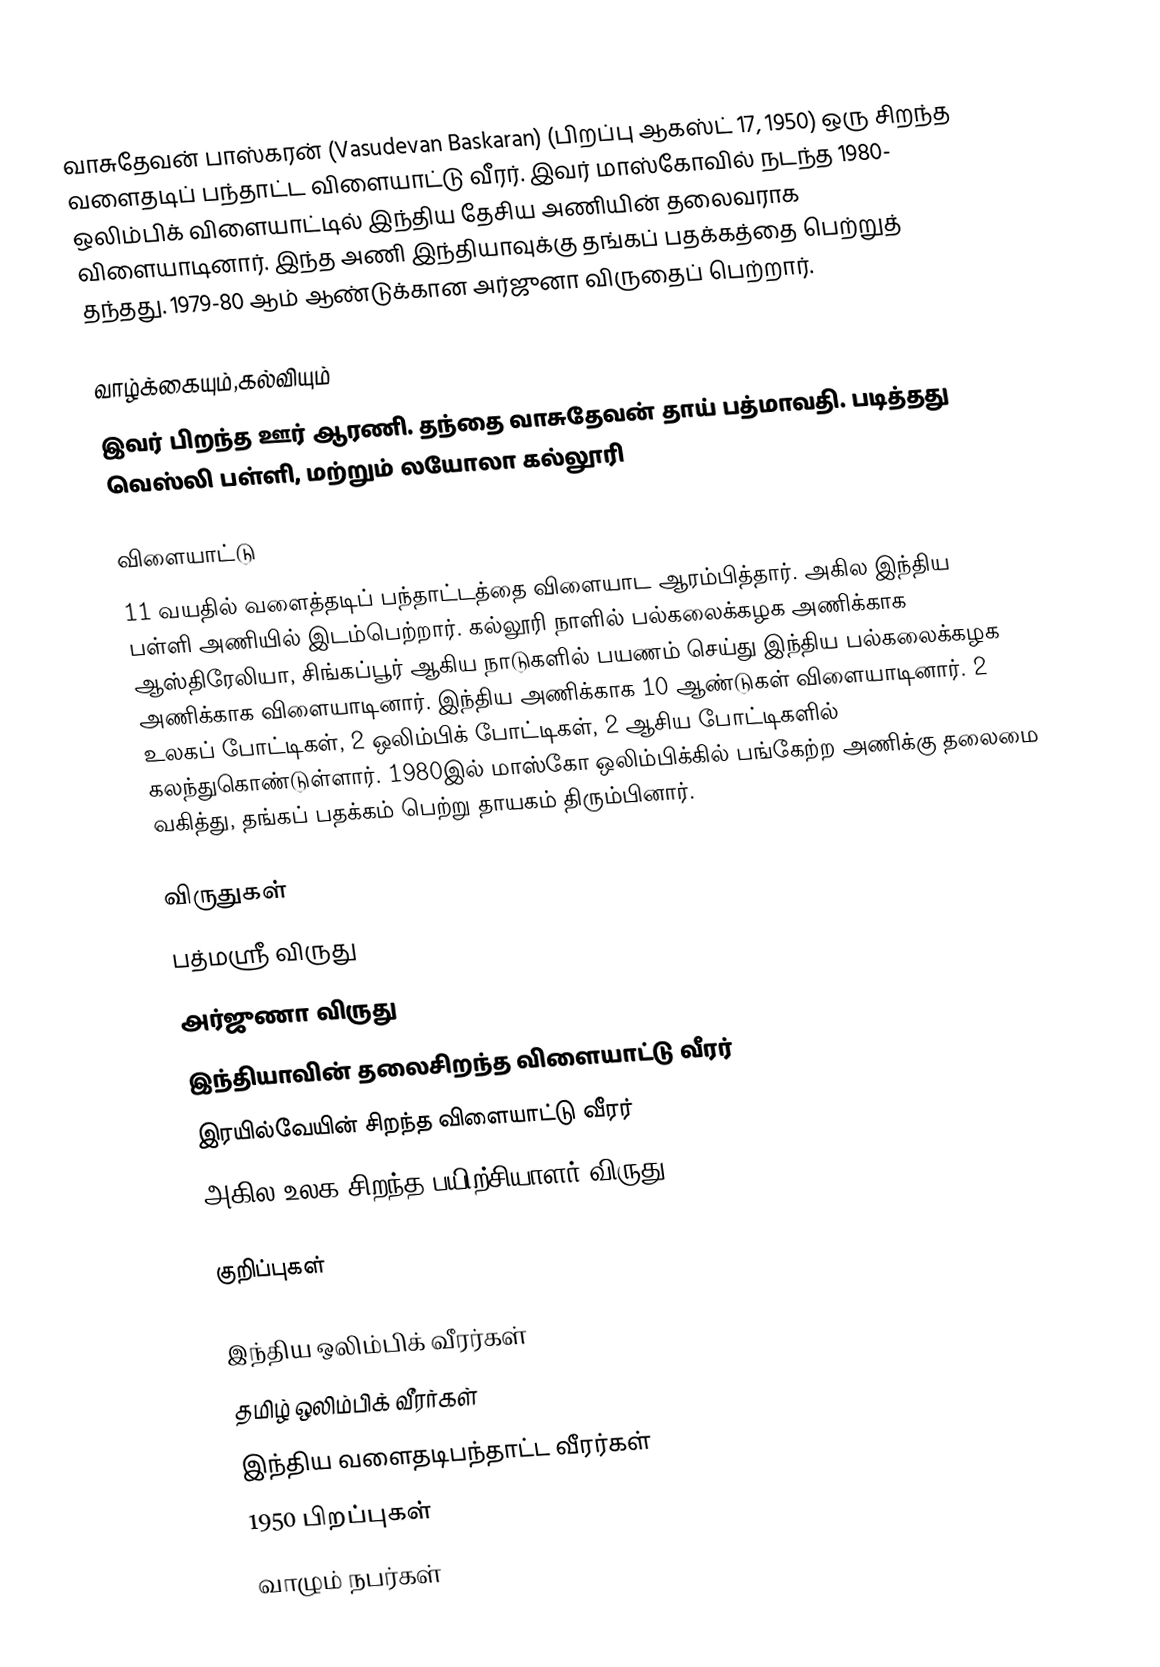
வாசுதேவன் பாஸ்கரன் (Vasudevan Baskaran) (பிறப்பு ஆகஸ்ட் 17, 1950) ஒரு சிறந்த வளைதடிப் பந்தாட்ட விளையாட்டு வீரர்.  இவர் மாஸ்கோவில் நடந்த 1980- ஒலிம்பிக் விளையாட்டில் இந்திய தேசிய அணியின் தலைவராக விளையாடினார்.  இந்த அணி இந்தியாவுக்கு தங்கப் பதக்கத்தை பெற்றுத் தந்தது. 1979-80 ஆம் ஆண்டுக்கான அர்ஜுனா விருதைப் பெற்றார்.

வாழ்க்கையும்,கல்வியும்
இவர் பிறந்த ஊர் ஆரணி. தந்தை வாசுதேவன் தாய் பத்மாவதி. படித்தது வெஸ்லி பள்ளி, மற்றும் லயோலா கல்லூரி

விளையாட்டு
11 வயதில் வளைத்தடிப் பந்தாட்டத்தை விளையாட ஆரம்பித்தார். அகில இந்திய பள்ளி அணியில் இடம்பெற்றார். கல்லூரி நாளில் பல்கலைக்கழக அணிக்காக ஆஸ்திரேலியா, சிங்கப்பூர் ஆகிய நாடுகளில் பயணம் செய்து இந்திய பல்கலைக்கழக அணிக்காக விளையாடினார். இந்திய அணிக்காக 10 ஆண்டுகள் விளையாடினார். 2 உலகப் போட்டிகள், 2 ஒலிம்பிக் போட்டிகள், 2 ஆசிய போட்டிகளில் கலந்துகொண்டுள்ளார். 1980இல் மாஸ்கோ ஒலிம்பிக்கில் பங்கேற்ற அணிக்கு தலைமை வகித்து, தங்கப் பதக்கம் பெற்று தாயகம் திரும்பினார்.

விருதுகள்
பத்மஸ்ரீ விருது
அர்ஜுணா விருது
இந்தியாவின் தலைசிறந்த விளையாட்டு வீரர்
இரயில்வேயின் சிறந்த விளையாட்டு வீரர்
அகில உலக சிறந்த பயிற்சியாளர் விருது

குறிப்புகள்

இந்திய ஒலிம்பிக் வீரர்கள்
தமிழ் ஒலிம்பிக் வீரர்கள்
இந்திய வளைதடிபந்தாட்ட வீரர்கள்
1950 பிறப்புகள்
வாழும் நபர்கள்